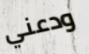
ودعني